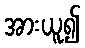
အားယူ၍